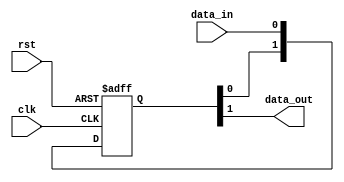
//----------------------------------------------------------------------------
// Copyright (C) 2009 , Olivier Girard
//
// Redistribution and use in source and binary forms, with or without
// modification, are permitted provided that the following conditions
// are met:
//     * Redistributions of source code must retain the above copyright
//       notice, this list of conditions and the following disclaimer.
//     * Redistributions in binary form must reproduce the above copyright
//       notice, this list of conditions and the following disclaimer in the
//       documentation and/or other materials provided with the distribution.
//     * Neither the name of the authors nor the names of its contributors
//       may be used to endorse or promote products derived from this software
//       without specific prior written permission.
//
// THIS SOFTWARE IS PROVIDED BY THE COPYRIGHT HOLDERS AND CONTRIBUTORS "AS IS"
// AND ANY EXPRESS OR IMPLIED WARRANTIES, INCLUDING, BUT NOT LIMITED TO, THE
// IMPLIED WARRANTIES OF MERCHANTABILITY AND FITNESS FOR A PARTICULAR PURPOSE
// ARE DISCLAIMED. IN NO EVENT SHALL THE COPYRIGHT HOLDER OR CONTRIBUTORS BE
// LIABLE FOR ANY DIRECT, INDIRECT, INCIDENTAL, SPECIAL, EXEMPLARY,
// OR CONSEQUENTIAL DAMAGES (INCLUDING, BUT NOT LIMITED TO, PROCUREMENT OF
// SUBSTITUTE GOODS OR SERVICES; LOSS OF USE, DATA, OR PROFITS; OR BUSINESS
// INTERRUPTION) HOWEVER CAUSED AND ON ANY THEORY OF LIABILITY, WHETHER IN
// CONTRACT, STRICT LIABILITY, OR TORT (INCLUDING NEGLIGENCE OR OTHERWISE)
// ARISING IN ANY WAY OUT OF THE USE OF THIS SOFTWARE, EVEN IF ADVISED OF
// THE POSSIBILITY OF SUCH DAMAGE
//
//----------------------------------------------------------------------------
//
// *File Name: omsp_sync_cell.v
//
// *Module Description:
//                       Generic synchronizer for the openMSP430
//
// *Author(s):
//              - Olivier Girard,    olgirard@gmail.com
//
//----------------------------------------------------------------------------
// $Rev: 103 $
// $LastChangedBy: olivier.girard $
// $LastChangedDate: 2011-03-05 15:44:48 +0100 (Sat, 05 Mar 2011) $
//----------------------------------------------------------------------------

module  omsp_sync_cell (

// OUTPUTs
    data_out,                      // Synchronized data output

// INPUTs
    clk,                           // Receiving clock
    data_in,                       // Asynchronous data input
    rst                            // Receiving reset (active high)
);

// OUTPUTs
//=========
output              data_out;      // Synchronized data output

// INPUTs
//=========
input               clk;          // Receiving clock
input               data_in;      // Asynchronous data input
input               rst;          // Receiving reset (active high)


//=============================================================================
// 1)  SYNCHRONIZER
//=============================================================================

reg  [1:0] data_sync;

always @(posedge clk or posedge rst)
  if (rst) data_sync <=  2'b00;
  else     data_sync <=  {data_sync[0], data_in};

assign     data_out   =   data_sync[1];


endmodule // omsp_sync_cell